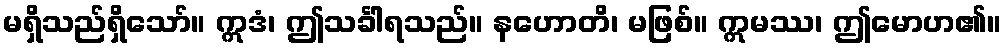
မရှိသည်ရှိသော်။ ဣဒံ၊ ဤသင်္ခါရသည်။ နဟောတိ၊ မဖြစ်။ ဣမဿ၊ ဤမောဟ၏။